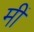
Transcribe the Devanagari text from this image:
मीं